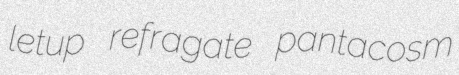
letup refragate pantacosm